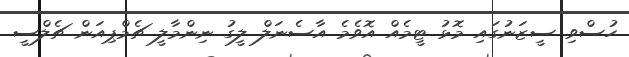
ހުސްވި ސީޒަނުގައި މޮޅު ޓީމެއް އޮވެމެ އާސެނަލް ލީގު ނިންމާލީ ޗެމްޕިއަން ޗެލްސީ